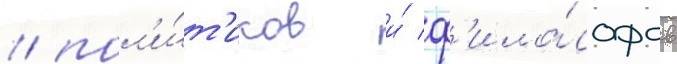
/ пол'и́т'иков и́ ф'ило́софов